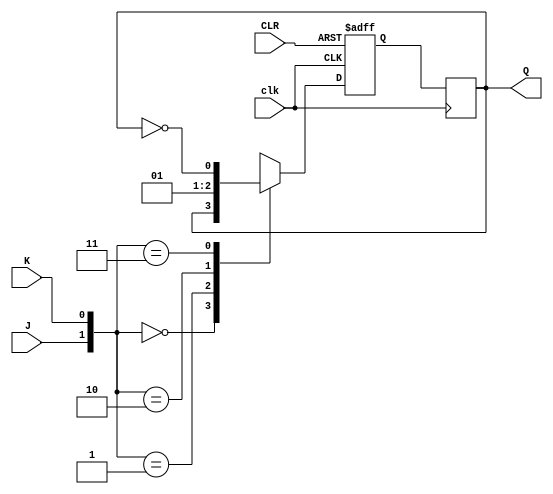
module jk_latch (
    input wire clk,
    input wire J,
    input wire K,
    input wire CLR,
    output reg Q
);

reg Q_next;

always @(posedge clk or posedge CLR) begin
    if (CLR) begin
        Q_next <= 1'b0;
    end
    else begin
        case ({J, K})
            2'b00: Q_next <= Q;
            2'b01: Q_next <= 1'b0;
            2'b10: Q_next <= 1'b1;
            2'b11: Q_next <= ~Q;
        endcase
    end
end

always @(posedge clk) begin
    Q <= Q_next;
end

endmodule